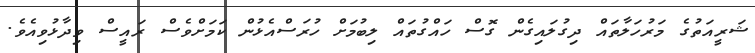
ޝަރީއަތުގެ މަރުހަލާތައް ދިގުލައިގެން ގޮސް ހައްގުތައް ލިބުމަށް ހުރަސްއެޅުން ކަމަށްވެސް ރައީސް ވިދާޅުވިއެވެ.